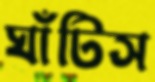
ঘাঁটিস